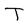
Character: T